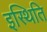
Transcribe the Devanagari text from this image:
इस्थिति